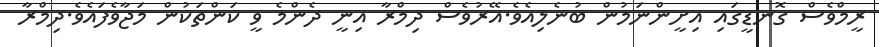
ރީމްވެސް ގޮނޑީގައި އިށީންނަމުން ބުނެލިއެވެ.އޭރުވެސް ދިމްރާ އިނީ ދެންމެ ވީ ކަންތަކުން މަޖާވެފައެވެ.ދިމްރާ